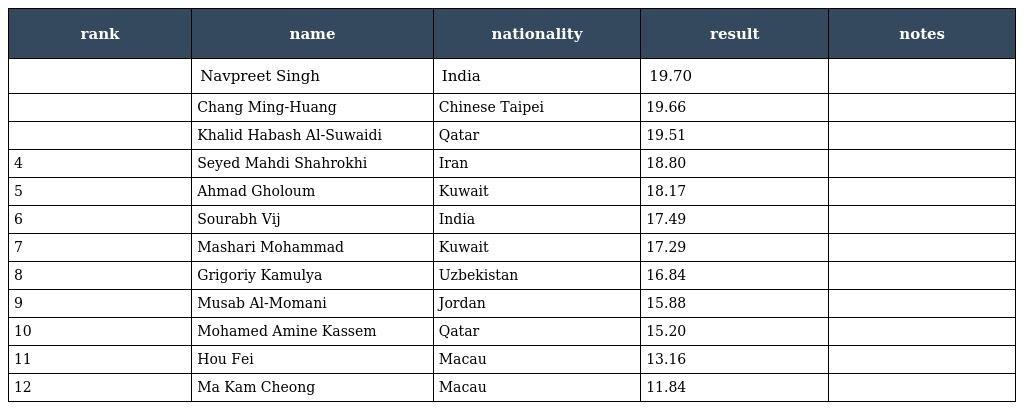
| rank | name | nationality | result | notes |
 | --- | --- | --- | --- | --- |
 |  | Navpreet Singh | India | 19.70 |  |
 |  | Chang Ming-Huang | Chinese Taipei | 19.66 |  |
 |  | Khalid Habash Al-Suwaidi | Qatar | 19.51 |  |
 | 4 | Seyed Mahdi Shahrokhi | Iran | 18.80 |  |
 | 5 | Ahmad Gholoum | Kuwait | 18.17 |  |
 | 6 | Sourabh Vij | India | 17.49 |  |
 | 7 | Mashari Mohammad | Kuwait | 17.29 |  |
 | 8 | Grigoriy Kamulya | Uzbekistan | 16.84 |  |
 | 9 | Musab Al-Momani | Jordan | 15.88 |  |
 | 10 | Mohamed Amine Kassem | Qatar | 15.20 |  |
 | 11 | Hou Fei | Macau | 13.16 |  |
 | 12 | Ma Kam Cheong | Macau | 11.84 |  |